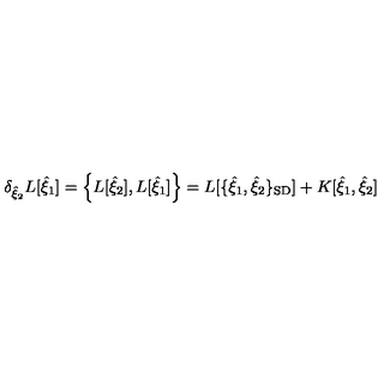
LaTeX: \delta _ { { \hat { \xi } } _ { 2 } } L [ { \hat { \xi } } _ { 1 } ] = \left\{ L [ { \hat { \xi } } _ { 2 } ] , L [ { \hat { \xi } } _ { 1 } ] \right\} = L [ \{ { \hat { \xi } } _ { 1 } , { \hat { \xi } } _ { 2 } \} _ { \mathrm { \scriptsize S D } } ] + K [ { \hat { \xi } } _ { 1 } , { \hat { \xi } } _ { 2 } ]